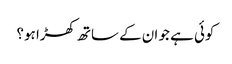
کوئی ہے جو ان کے ساتھ کھڑا ہو؟